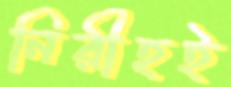
নিরীহই